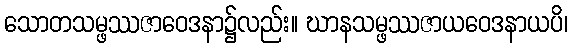
သောတသမ္ဖဿဇာဝေဒနာ၌လည်း။ ဃာနသမ္ဖဿဇာယဝေဒနာယပိ၊